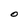
Character: O